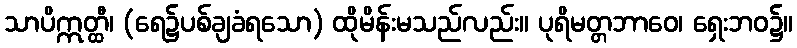
သာပိဣတ္ထီ၊ (ရေ၌ပစ်ချခံရသော) ထိုမိန်းမသည်လည်း။ ပုရိမတ္တဘာဝေ၊ ရှေးဘဝ၌။